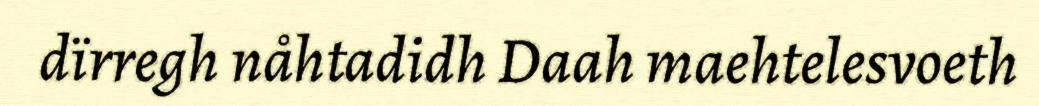
dïrregh nåhtadidh Daah maehtelesvoeth